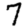
Digit: 7